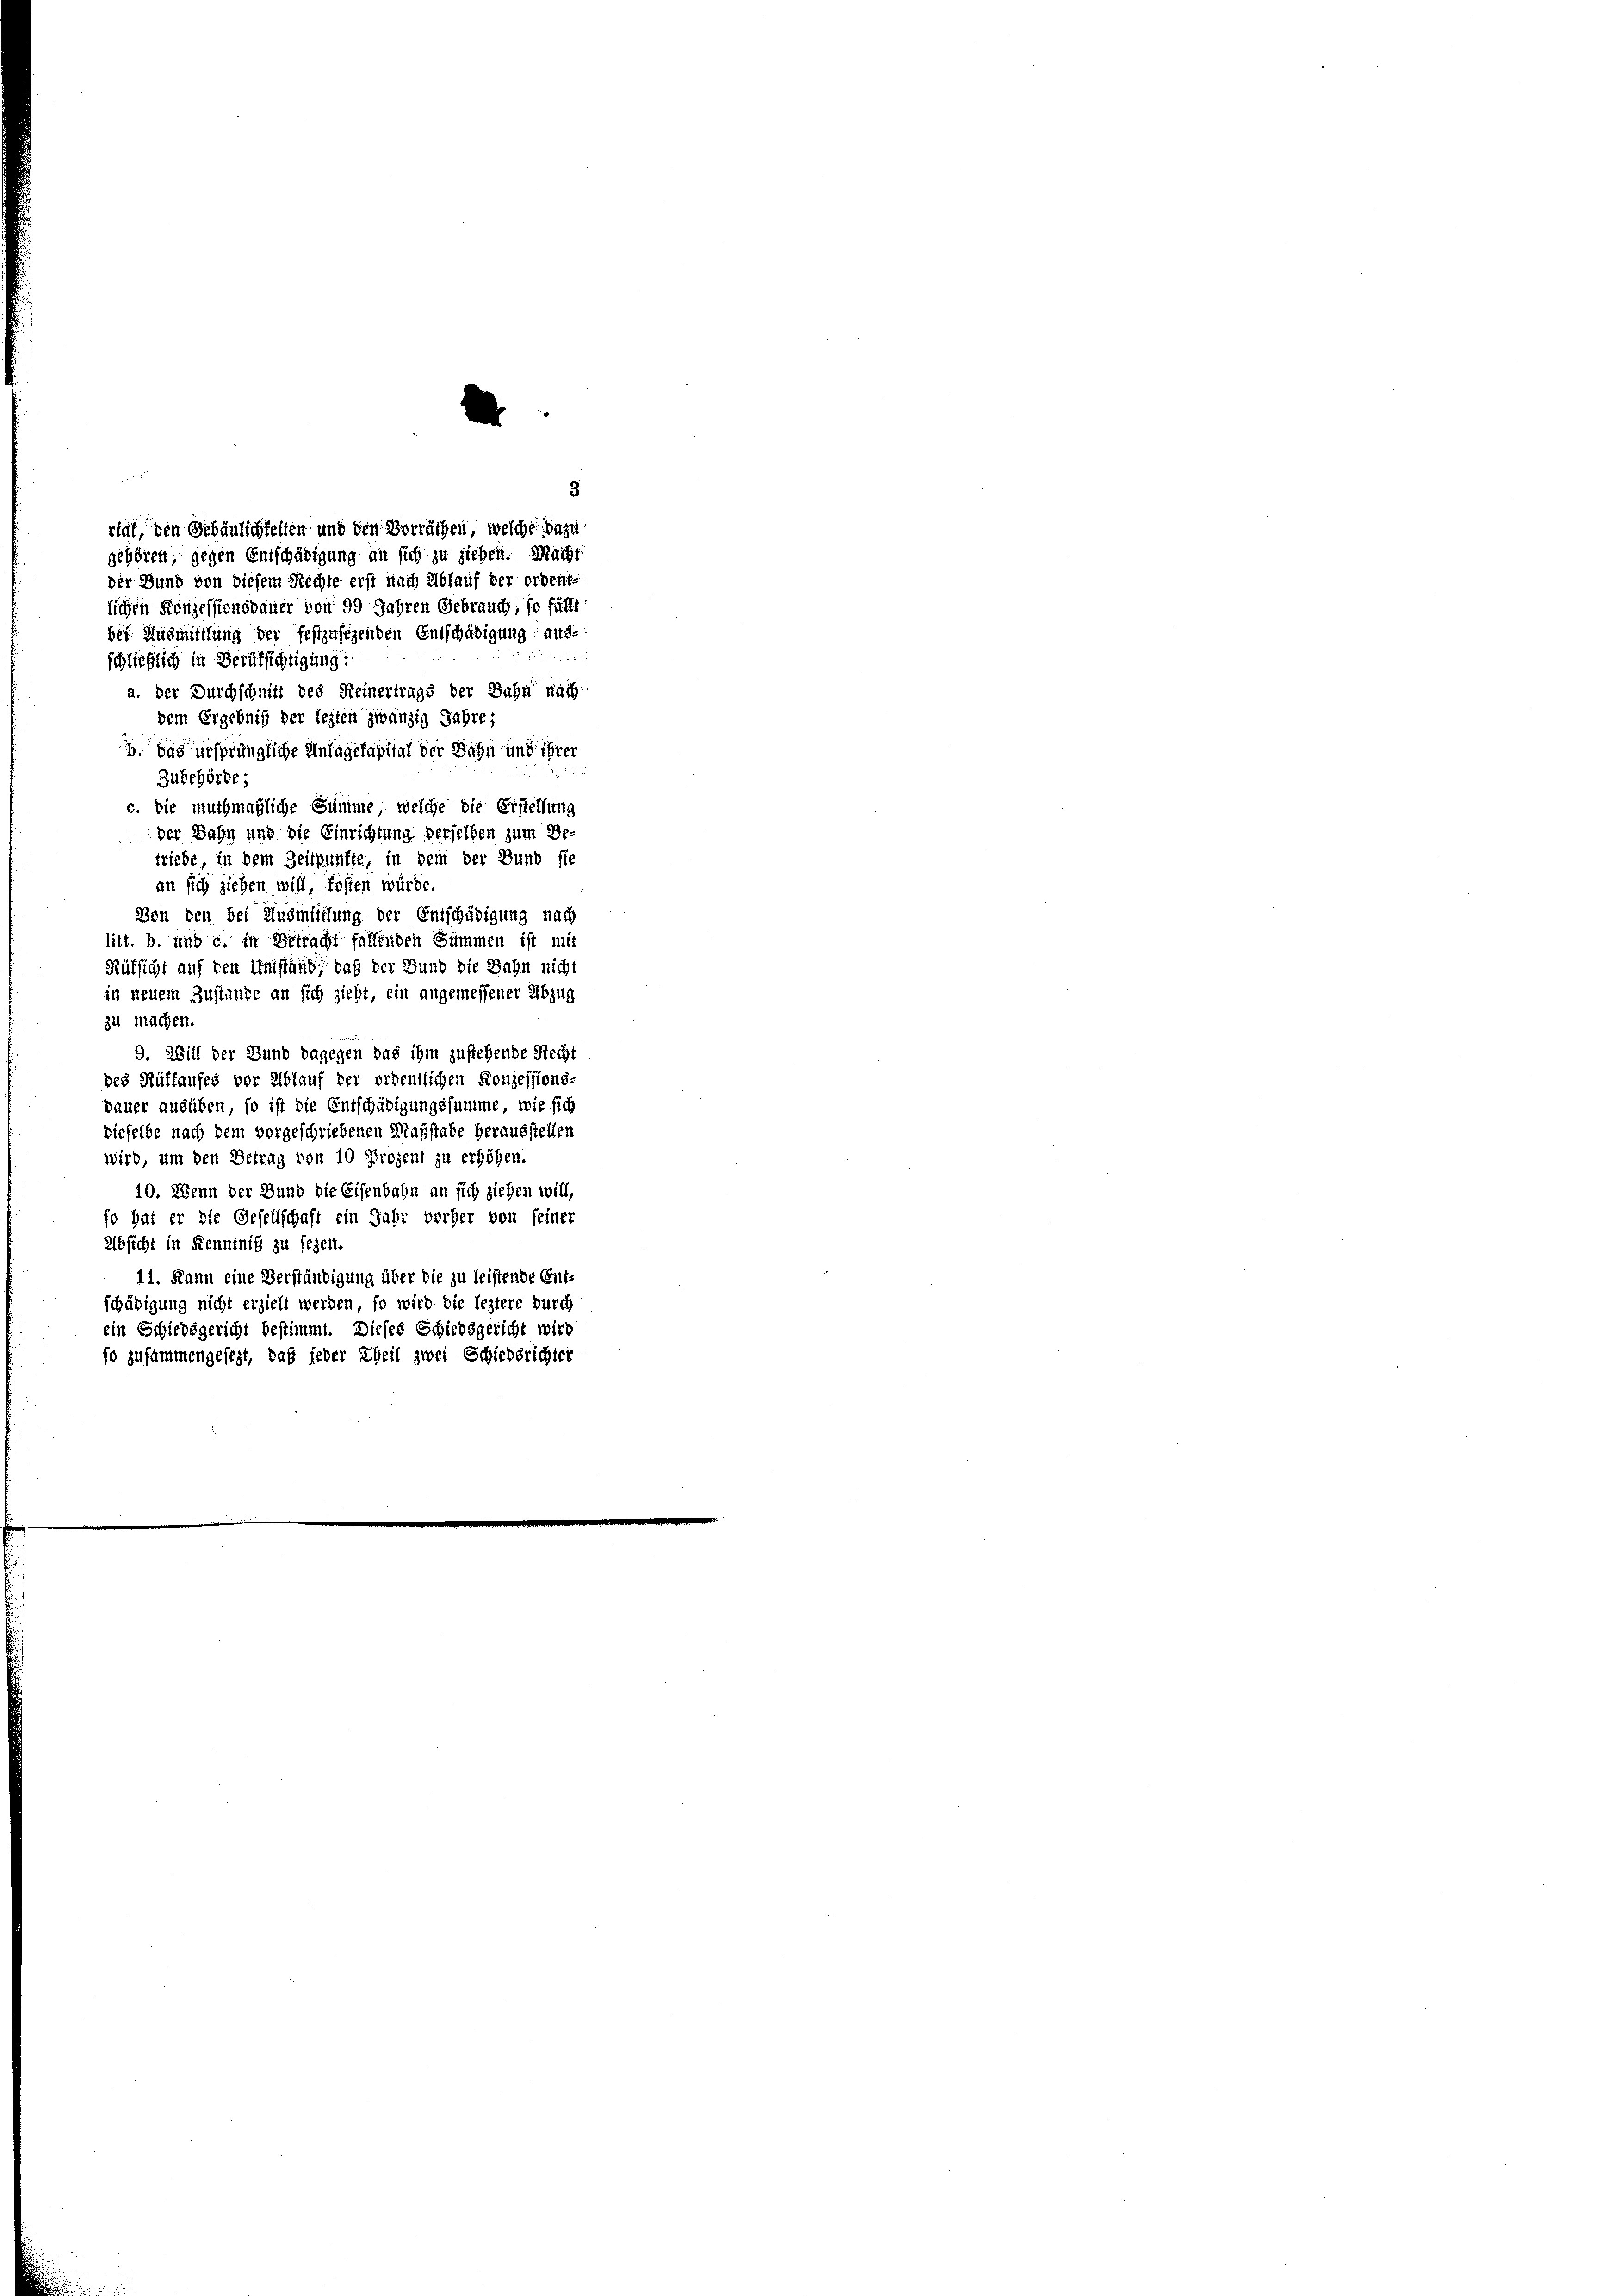
ruf, den Erbäulichkeiten und den Vorräthen, welche dazu
gehören, gegen Entschädigung an sich zu ziehen. Macht
der Bund von diesem Rechte erst nach Ablauf der ordent-
lichen Konzessionsbauer von 99 Jahren Gebrauch, so füllt
bei Ausmittlung der festzusehenden Entschädigung aus-

schließlich in Berufsichtigung:
a. der Durchschnitt des Keinertrags der Bahn nach
dem Ergebniß der lezten zwanzig Jahre;
1 das ursprüngliche Anlagekapital der Bahn und ihrer
Zubehörde;
c. die muthmaßliche Summe, welche die Erstellung
der Bahn und die Einrichtung derselben zum Be-
triebe, in dem Zeitpunkte, in dem der Bund ste
an sich ziehen will, hoffen würde.
Von den bei Ausmittlung der Entschädigung nach
litt. b. und c. in Betracht fallenden Summen ist mit
Rüksicht auf den Umstand, daß der Bund die Jahn nicht
in neuem Zustande an sich zieht, ein angemessener Abzug
zu machen.
9. Will der Bund dagegen das ihm zustehende Recht
des Rüffaufes vor Ablauf der ordentlichen Konzessions-
pauer ausüben, so ist die Entschädigungssumme, wie sich
dieselbe nach dem vorgeschriebenen Maßstabe herausstellen
wird, um den Betrag von 10 Prozent zu erhöhen.
10. Wenn der Bund die Eisenbahn an sich ziehen will,
so hat er die Gesellschaft ein Jahr vorher von seiner
Absicht in Kenntniß zu seyen.
11. Kann eine Verständigung über die zu leistende Ent-
schädigung nicht erzielt werden, so wird die leztere durch
ein Schiedsgericht bestimmt. Dieses Schiedsgericht wird
so zusammengesezt, daß jeder Theil zwei Schiedsrichter

.

3